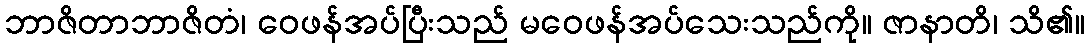
ဘာဇိတာဘာဇိတံ၊ ဝေဖန်အပ်ပြီးသည် မဝေဖန်အပ်သေးသည်ကို။ ဇာနာတိ၊ သိ၏။